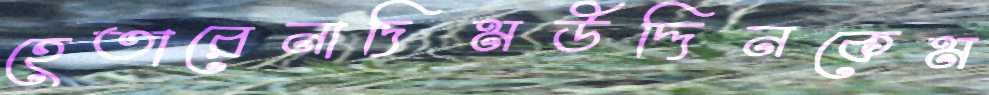
হেতারেনাদিমউদ্দিনকেম